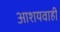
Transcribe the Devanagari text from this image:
आशयवाही